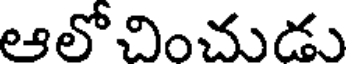
ఆలోచించుడు